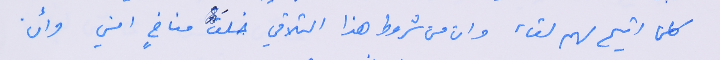
كلما اتيح لهم لقاء وان من شروط هذا التلاقي خلقَ مناخٍ امني وأن